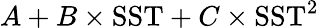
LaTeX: A+B\times\mathrm{SST}+C\times\mathrm{SST}^{2}